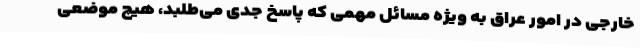
خارجی در امور عراق به ویژه مسائل مهمی که پاسخ جدی می‌طلبد، هیچ موضعی